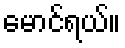
မောင်ရယ်။